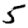
Digit: 5